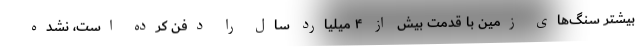
بیشتر سنگ‌های زمین با قدمت بیش از ۴ میلیارد سال را دفن کرده است، نشده